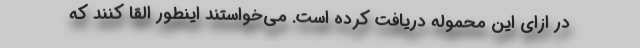
در ازای این محموله دریافت کرده است. می‌خواستند اینطور القا کنند که